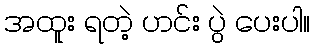
အထူး ရတဲ့ ဟင်း ပွဲ ပေးပါ။